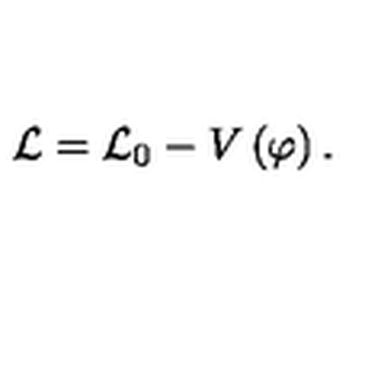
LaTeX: \mathcal { L = L } _ { 0 } - V \left( \varphi \right) .